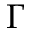
\Gamma